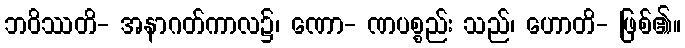
ဘဝိဿတိ- အနာဂတ်ကာလ၌၊ ဏော- ဏပစ္စည်း သည်၊ ဟောတိ- ဖြစ်၏။